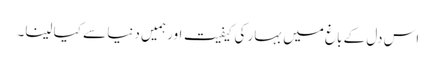
اس دل کے باغ میں بہار کی کیفیت اور ہمیں دنیا سے کیا لینا۔